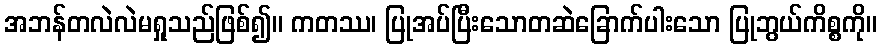
အဘန်တလဲလဲမရှုသည်ဖြစ်၍။ ကတဿ၊ ပြုအပ်ပြီးသောတဆဲခြောက်ပါးသော ပြုဘွယ်ကိစ္စကို။